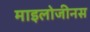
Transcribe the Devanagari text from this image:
माइलोजीनस